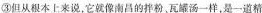
③但从根本上来说，它就像南昌的拌粉、瓦罐汤一样，是一道精